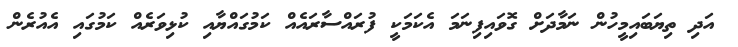
އަދި ތިޔަބައިމީހުން ނަމާދަށް ގޮވައިފިނަމަަ އެކަމަކީ ފުރައްސާރައެއް ކަމުގައްޔާއި ކުޅިވަރެއް ކަމުގައި އެއުރެން